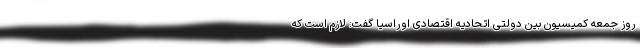
روز جمعه کمیسیون بین دولتی اتحادیه اقتصادی اوراسیا گفت: لازم است که